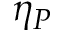
\eta _ { P }